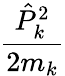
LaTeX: \frac{{\hat{P}}_{k}^{2}}{2m_{k}}